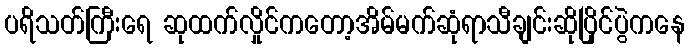
ပရိသတ်ကြီးရေ ဆုထက်လှိုင်ကတော့အိမ်မက်ဆုံရာသီချင်းဆိုပြိုင်ပွဲကနေ